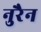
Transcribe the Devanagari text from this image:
नुरैन